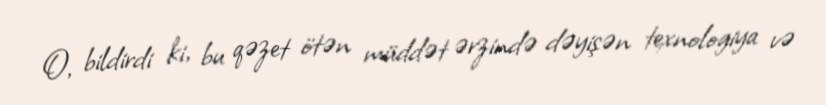
O, bildirdi ki, bu qəzet ötən müddət ərzində dəyişən texnologiya və